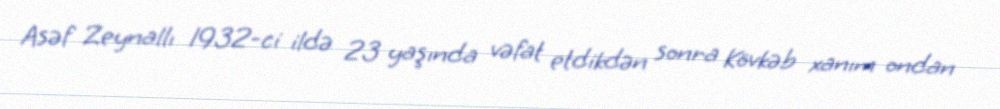
Asəf Zeynallı 1932-ci ildə 23 yaşında vəfat etdikdən sonra Kövkəb xanım ondan